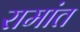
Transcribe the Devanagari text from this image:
रामांत